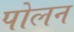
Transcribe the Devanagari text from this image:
पोलन